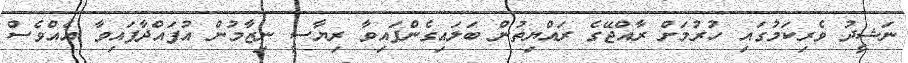
ނަޝީދު ވެރިކަމުގައި ހުރުމަށް ރާއްޖޭގެ ރައްޔިތުން ބަލައިގެންފައިވާ ރިޔާސީ ނިޒާމުން އުފައްދާފައިވާ އެއްވެސް